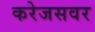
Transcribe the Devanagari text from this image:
करेजसवर